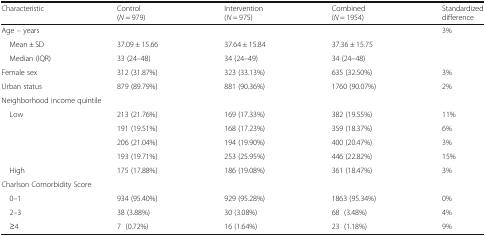
| Characteristic | Control(N = 979) | Intervention(N = 975) | Combined(N = 1954) | Standardized difference |
 | --- | --- | --- | --- | --- |
 | Age – years |  |  |  | 3% |
 | Mean ± SD | 37.09 ± 15.66 | 37.64 ± 15.84 | 37.36 ± 15.75 |  |
 | Median (IQR) | 33 (24–48) | 34 (24–49) | 34 (24–48) |  |
 | Female sex | 312 (31.87%) | 323 (33.13%) | 635 (32.50%) | 3% |
 | Urban status | 879 (89.79%) | 881 (90.36%) | 1760 (90.07%) | 2% |
 | <COLSPAN=5> Neighborhood income quintile |
 | <ROWSPAN=4> Low | 213 (21.76%) | 169 (17.33%) | 382 (19.55%) | 11% |
 | 191 (19.51%) | 168 (17.23%) | 359 (18.37%) | 6% |
 | 206 (21.04%) | 194 (19.90%) | 400 (20.47%) | 3% |
 | 193 (19.71%) | 253 (25.95%) | 446 (22.82%) | 15% |
 | High | 175 (17.88%) | 186 (19.08%) | 361 (18.47%) | 3% |
 | <COLSPAN=5> Charlson Comorbidity Score |
 | 0–1 | 934 (95.40%) | 929 (95.28%) | 1863 (95.34%) | 0% |
 | 2–3 | 38 (3.88%) | 30 (3.08%) | 68 (3.48%) | 4% |
 | ≥4 | 7 (0.72%) | 16 (1.64%) | 23 (1.18%) | 9% |